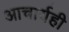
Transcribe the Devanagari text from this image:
आचार्यही